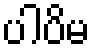
ပါပိမ